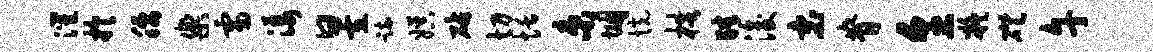
灌於腰乐雷漾昱疏娱砧切恬束悃恍梏肆浚宓脊烹凝磴午